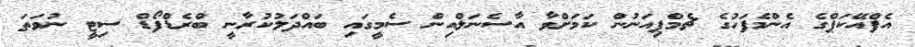
އެފްއޭކަޕްގެ އެންމެފަހުގެ ޗެމްޕިއަނުން ކަމަށްވާ އާސެނަލްއިން ސެމީގައި ބައްދަލުކުރާނީ ބްރެޑްފޯޑް ސިޓީ ނުވަތަ